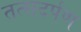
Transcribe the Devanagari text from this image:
तत्सदर्पण